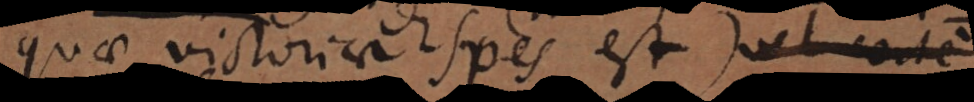
quae victoriae spes est. +) Imo